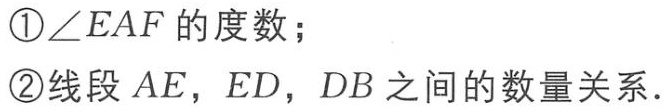
\textcircled{1}$\angle EAF$的度数；

\textcircled{2}线段$AE$，$ED$，$DB$之间的数量关系.